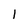
Character: I